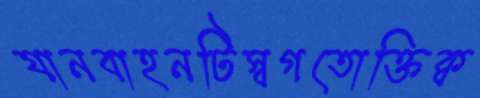
যানবাহনটিস্বগতোক্তিক্ব